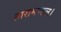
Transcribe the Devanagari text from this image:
तारामण्डल।